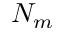
N _ { m }